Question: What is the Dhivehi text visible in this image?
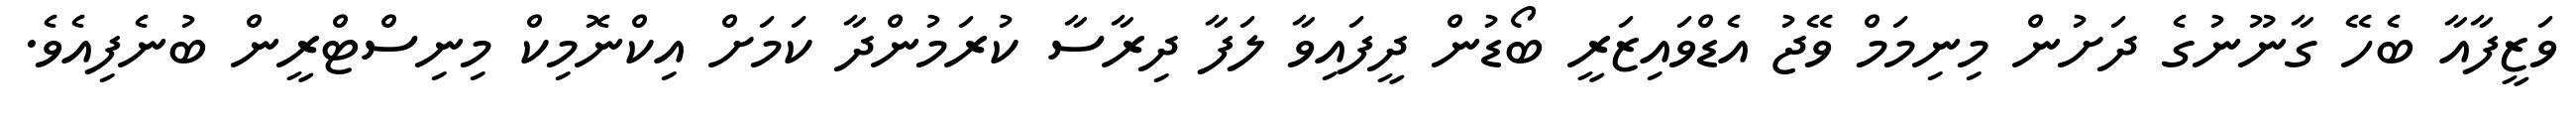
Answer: ވަޒީފާއާ ބެހޭ ގާނޫނުގެ ދަށުން މިނިމަމް ވޭޖު އެޑްވައިޒަރީ ބޯޑުން ދީފައިވާ ލަފާ ދިރާސާ ކުރަމުންދާ ކަމަށް އިކްނޮމިކް މިނިސްޓްރީން ބުނެފިއެވެ.